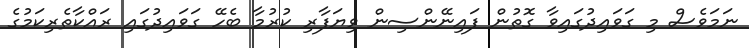
ނަމަވެސް މި ގަވައިދުގައިވާ ގޮތުން ފައިނޭންސިން ވިޔަފާރި ކުރުމާ ބެހޭ ގަވައިދުގައި ރައްކާތެރިކަމުގެ